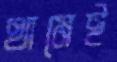
থামেই